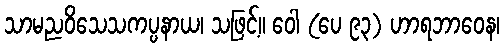
သာမညဝိသေသကပ္ပနာယ၊ သဖြင့်။ ဝေါ (ပေ ၉၃) ဟာရဘာဝေန၊